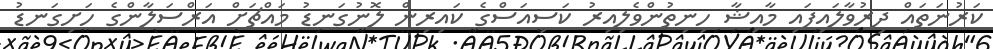
ކަރުނަތައް ދިރުވާލައިފައި މާއިޝާ ހިނިތުންވެލިއިރު ކަސިއަސްގެ ކައިރިން ލޮނުގަނޑު މައްޗަށް އަރްސަލާންގެ ހަށިގަނޑު